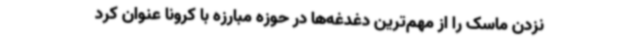
نزدن ماسک را از مهم‌ترین دغدغه‌ها در حوزه مبارزه با کرونا عنوان کرد